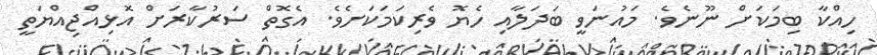
ހިއްކާ ބިމަކަށް ނޫނެވެ. މައުނަވީ ބަދަލާއި ހެޔޮ ވެރިކަމަކަށެވެ. އެގޮތް ސަރުކާރަށް އޮޅިއްޖިއްޔަތީ